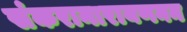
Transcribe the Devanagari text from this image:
संकरानारायणनन